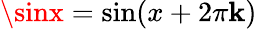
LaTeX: \sinx=\sin(x+2\pi\mathbf{k})